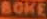
BOKE